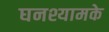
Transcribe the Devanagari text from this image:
घनश्यामके